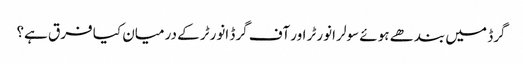
گرڈ میں بندھے ہوئے سولر انورٹر اور آف گرڈ انورٹر کے درمیان کیا فرق ہے؟